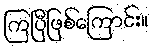
ကြပြီဖြစ်ကြောင်း။